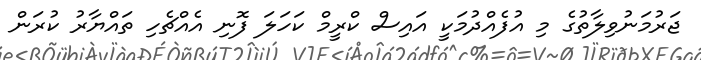
ޖަރުމަނުވިލާތުގެ މި އުފެއްދުމަކީ އައިސް ކްރީމް ކަހަލަ ފޮނި އެއްޗެހި ތައްޔާރު ކުރަން